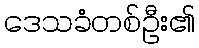
ဒေသခံတစ်ဦး၏